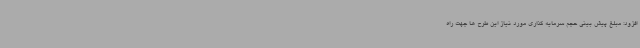
افزود: مبلغ پیش بینی حجم سرمایه گذاری مورد نیاز این طرح ها جهت راه